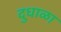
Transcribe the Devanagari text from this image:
दुधाळा